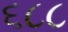
૬૮૮